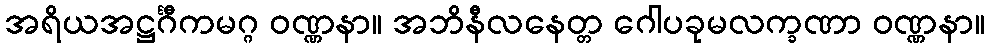
အရိယအဋ္ဌင်္ဂီကမဂ္ဂ ဝဏ္ဏနာ။ အဘိနီလနေတ္တ ဂေါပခုမလက္ခဏာ ဝဏ္ဏနာ။